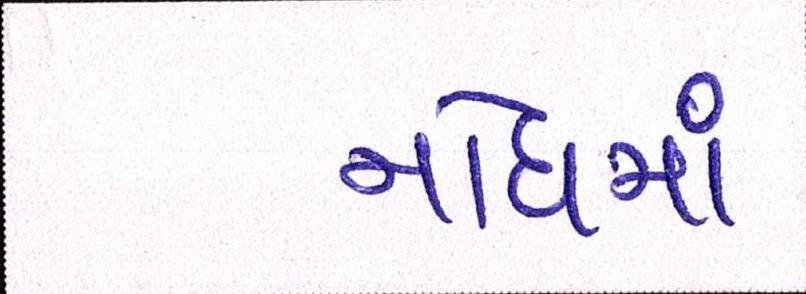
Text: નોંધમાં